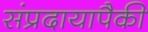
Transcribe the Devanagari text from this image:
संप्रदायापैकी